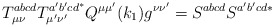
\begin{align*}T_{\mu \nu }^{abcd}T_{\mu ^{\prime }\nu ^{\prime }}^{a^{\prime }b^{\prime}cd^{*}}Q^{\mu \mu ^{\prime }}(k_1)g^{\nu \nu ^{\prime}}=S^{abcd}S^{a^{\prime }b^{\prime }cd*}\end{align*}